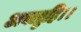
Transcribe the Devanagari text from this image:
अवाप्नुहि।।